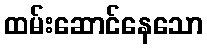
ထမ်းဆောင်နေသော